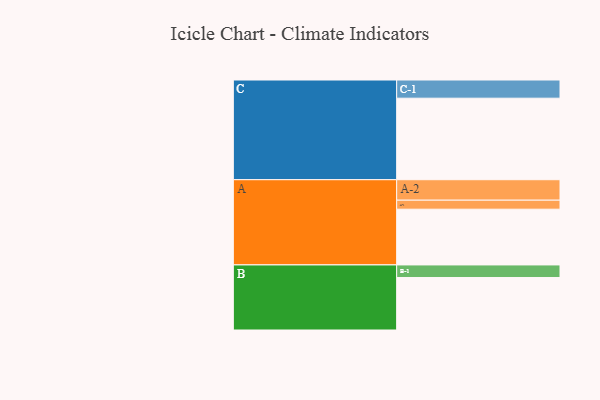
{"axis": {"x": "Segment", "y": "Value"}, "legend": ["", "A", "B", "C"], "data": [{"x": "A", "y": 346, "type": ""}, {"x": "B", "y": 326, "type": ""}, {"x": "C", "y": 506, "type": ""}, {"x": "A-1", "y": 56, "type": "A"}, {"x": "A-2", "y": 127, "type": "A"}, {"x": "B-1", "y": 78, "type": "B"}, {"x": "C-1", "y": 113, "type": "C"}]}